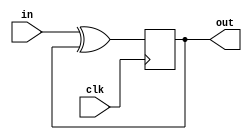
module top_module (
    input clk,
    input in, 
    output out);
    wire c1;
    assign c1 = in^out;
    always @(posedge clk)
        out <= c1;
endmodule